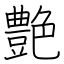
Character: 艶